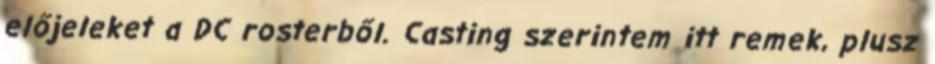
előjeleket a DC rosterből. Casting szerintem itt remek, plusz